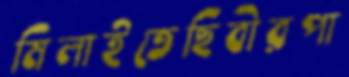
মিলাইতেছিবীরপা